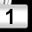
Digit: 1